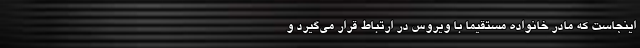
اینجاست که مادر خانواده مستقیما با ویروس در ارتباط قرار می‌گیرد و